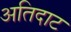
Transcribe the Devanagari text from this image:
अतिदाट